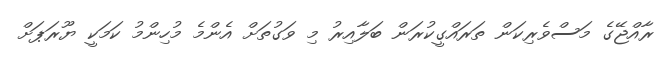
ރާއްޖޭގެ މަސްވެރިކަން ތަރައްގީކުރަން ބަލާއިރު މި ވަގުތަށް އެންމެ މުހިންމު ކަމަކީ ޔޫރަޕަށް